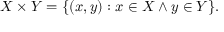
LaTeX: X \times Y = \{ ( x , y ) : x \in X \land y \in Y \} .